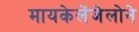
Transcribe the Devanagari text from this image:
मायकेलेंजेलोने